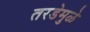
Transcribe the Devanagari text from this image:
तरडेमुळे